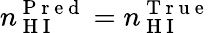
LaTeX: n_{\mathrm{~H~I~}}^{\mathrm{~P~r~e~d~}}=n_{\mathrm{~H~I~}}^{\mathrm{~T~r~u~e~}}